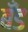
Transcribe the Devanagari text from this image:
बॅँड